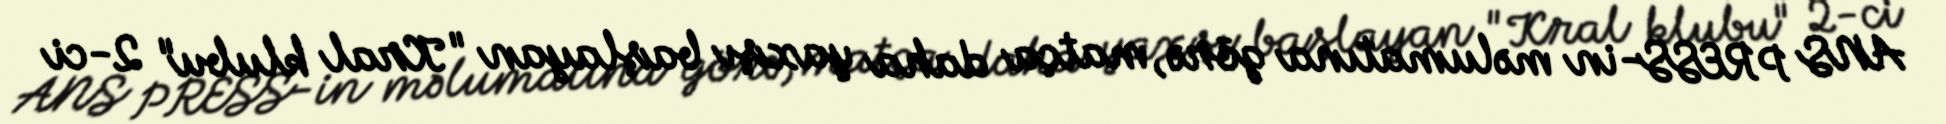
ANS PRESS-in məlumatına görə, matça daha yaxşı başlayan "Kral klubu" 2-ci